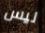
ليس